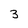
Character: 3